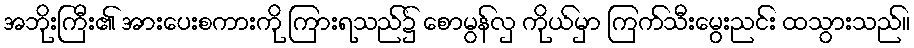
အဘိုးကြီး၏ အားပေးစကားကို ကြားရသည်၌ စောမွန်လှ ကိုယ်မှာ ကြက်သီးမွေးညင်း ထသွားသည်။